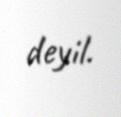
deyil.